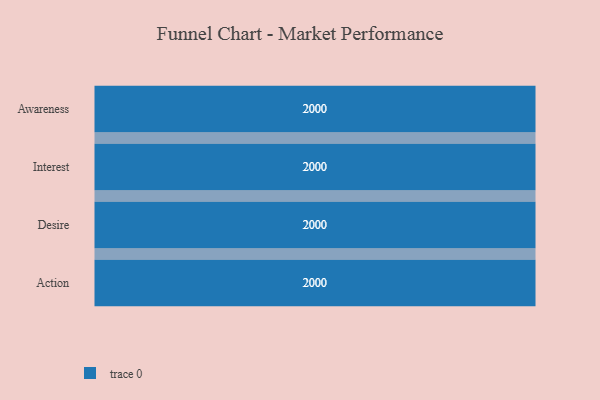
{"axis": {"x": "Stage", "y": "Value"}, "legend": [""], "data": [{"x": "Awareness", "y": 2000, "type": ""}, {"x": "Interest", "y": 2000, "type": ""}, {"x": "Desire", "y": 2000, "type": ""}, {"x": "Action", "y": 2000, "type": ""}]}